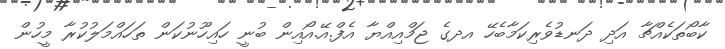
ކާބޯތަކެއްޗާ އަދި ދަނޑުވެރިކަމާބެހޭ އދގެ ޖަމްއިއްޔާ އެފް.އޭ.އޯއިން ބުނީ ހައިހޫނުކަން ތަހައްމަލުކުރާ މީހުން